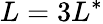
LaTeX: L=3L^{*}